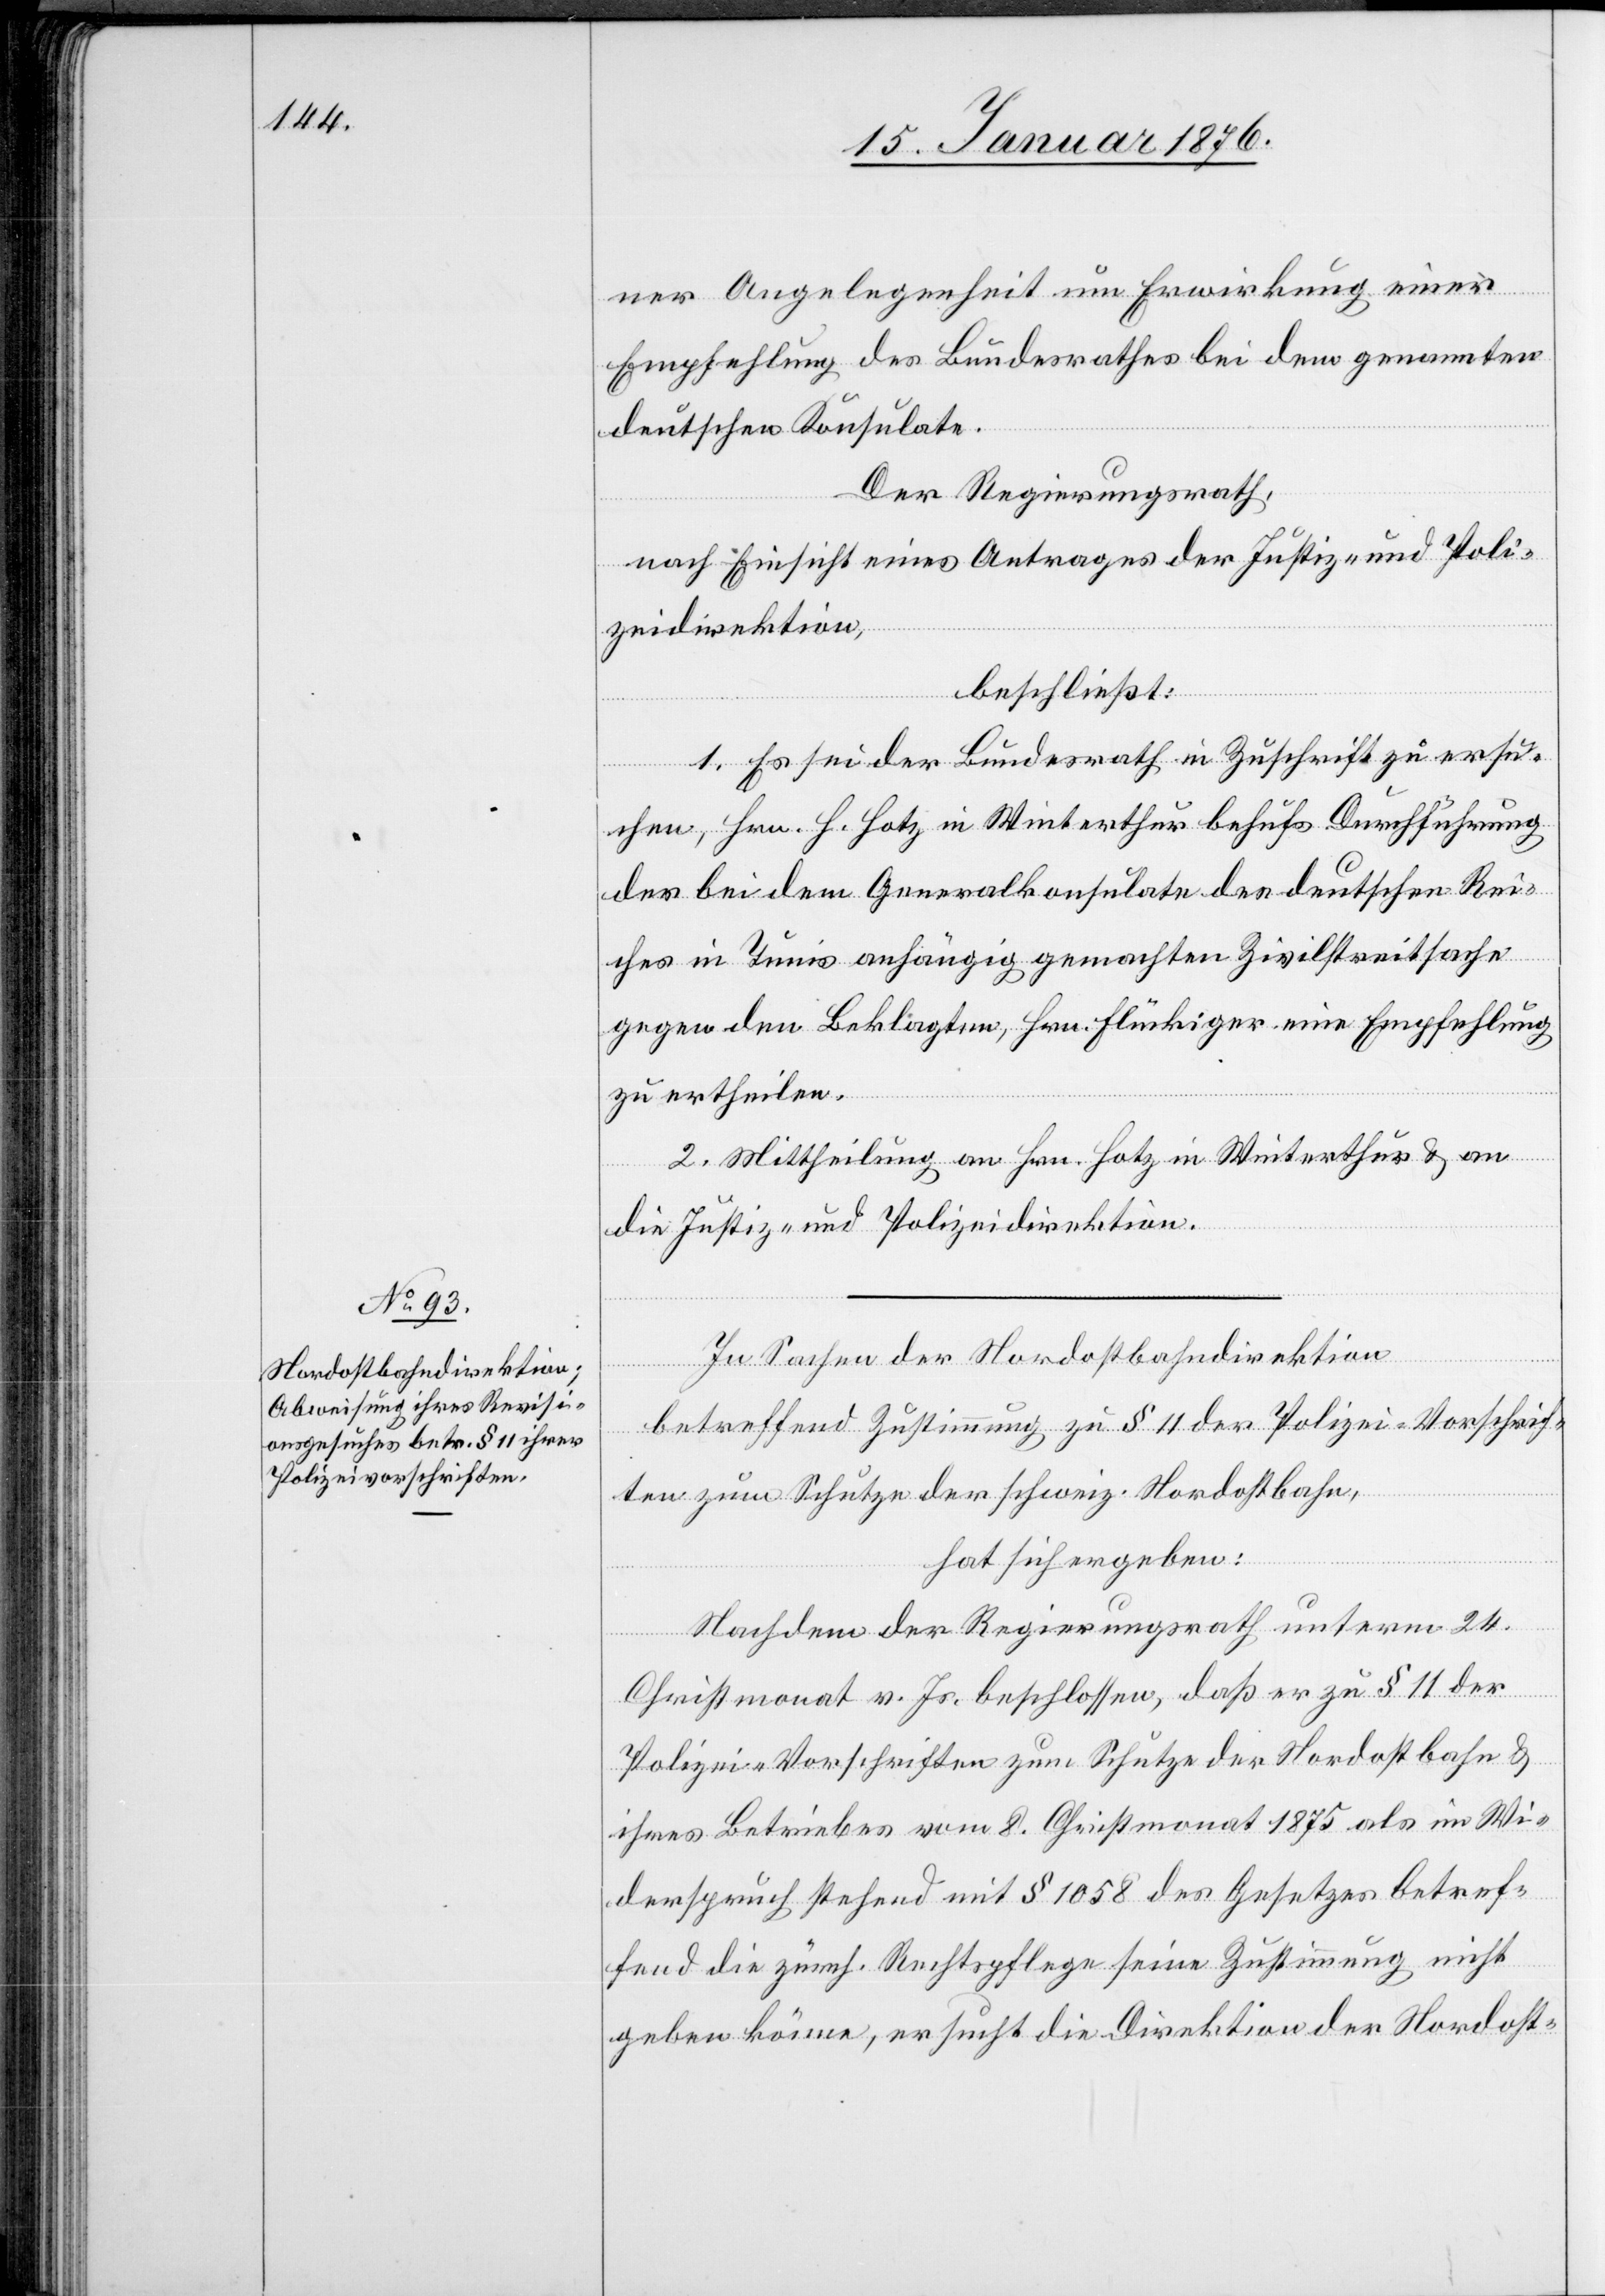
ner Angelegenheit um Erwirkung einer
Empfehlung des Bundesrathes bei dem genannten
deutschen Konsulate.
Der Regierungsrath,
nach Einsicht eines Antrages der Justiz- und Poli¬
zeidirektion,
beschließt:
1. Es sei der Bundesrath in Zuschrift zu ersu¬
chen, Hrn. H. Holtz in Winterthur behufs Durchführung
der bei dem Generalkonsulate des deutschen Rei¬
ches in Tunis anhängig gemachten Zivilstreitsache
gegen den Beklagten, Hrn. Flückiger eine Empfehlung
zu ertheilen.
2. Mittheilung an Hrn. Hotz in Winterthur u. an
die Justiz- und Polizeidirektion.
In Sachen der Nordostbahndirektion
betreffend Zustimmung zu § 11 der Polizei-Vorschrif¬
ten zum Schutze der schweiz. Nordostbahn,
hat sich ergeben:
Nachdem der Regierungsrath unterm 24.
Christmonat v. Js. beschlossen, daß er zu § 11 der
Polizei-Vorschriften zum Schutze der Nordostbahn u.
ihres Betriebes vom 8. Christmonat 1875 als im Wi¬
derspruch stehend mit § 1058 des Gesetzes betref¬
fend die zürch. Rechtspflege seine Zustimmung nicht
geben könne, ersucht die Direktion der Nordost-